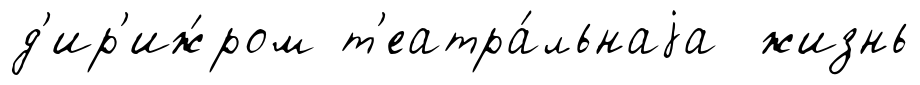
д'ир'иж́ром т'еатра́льнаjа жизнь